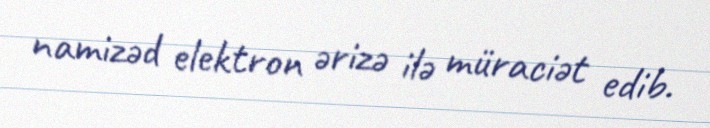
namizəd elektron ərizə ilə müraciət edib.